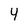
Character: 4